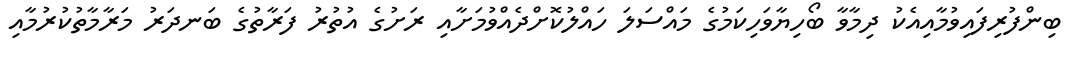
ބިންފުރިފައިވުމާއިއެކު ދިމާވާ ބޯހިޔާވަހިކަމުގެ މައްސަލަ ހައްލުކޮށްދެއްވުމަށާއި ރަށުގެ އުތުރު ފަރާތުގެ ބަނދަރު މަރާމާތުކުރުމާއި